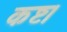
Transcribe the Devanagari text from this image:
कष्ट।